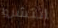
انتشروا